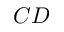
C D